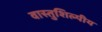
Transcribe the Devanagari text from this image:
वास्‍तुशिल्‍पीय